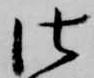
仕